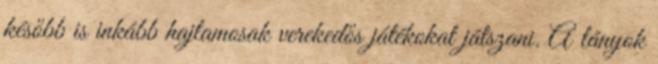
később is inkább hajlamosak verekedős játékokat játszani. A lányok